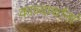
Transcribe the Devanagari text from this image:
काव्यार्थानां